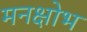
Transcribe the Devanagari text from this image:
मनक्षोभ